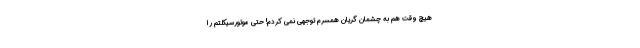
هیچ وقت هم به چشمان گریان همسرم توجهی نمی کردم! حتی موتورسیکلتم را